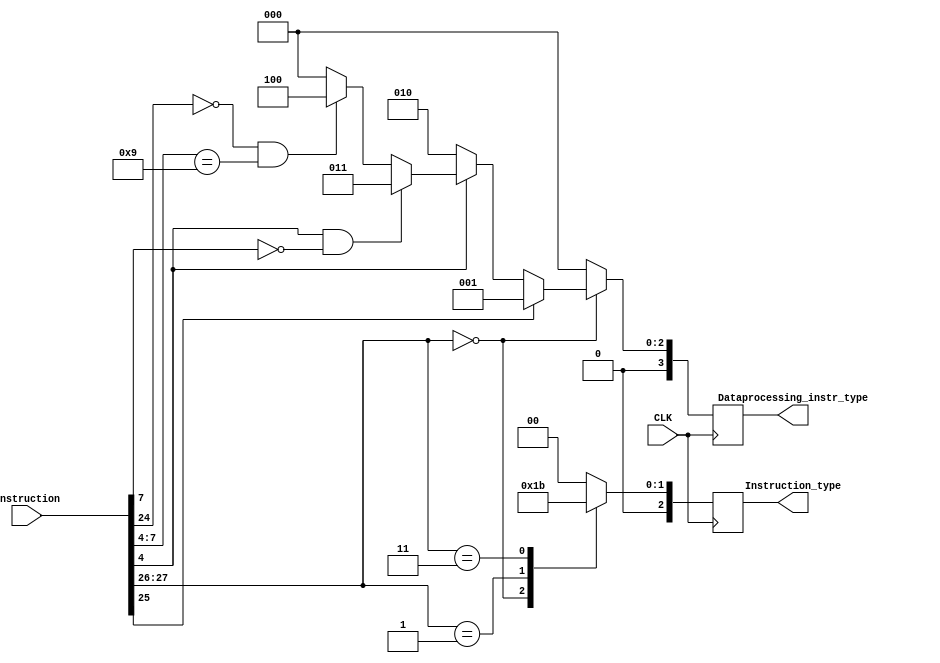
`timescale 1ns / 1ps

module instdata(
		input CLK,  
		input [31:0] instruction ,
		output reg[2:0] Instruction_type, 
		output  reg[3:0] Dataprocessing_instr_type
    );

			always@(posedge CLK)
				begin
					case (instruction[27:26])
						2'b00 : begin
							Instruction_type = 1;
							end
						2'b01 : begin
							Instruction_type = 2;
							end
						2'b11 : begin
							Instruction_type = 3;
							end
						default: begin
							Instruction_type = 0;
							end
					endcase
				end
			always@(posedge CLK)
				begin
					case (instruction[27:26])
						2'b00 : begin
							if (instruction[25] == 1)
								Dataprocessing_instr_type = 1;
							else if(instruction[4] == 0)
								Dataprocessing_instr_type = 2;
							else if((instruction[4]==1)&&(instruction[7]==0))
								Dataprocessing_instr_type = 3;
							else if((instruction[24]==0)&&(instruction[7:4] == 9))
								Dataprocessing_instr_type = 4;
							else
								Dataprocessing_instr_type = 0;
						end
						
							
						
					default: begin
						Dataprocessing_instr_type = 0;
						end
					endcase
				end

endmodule